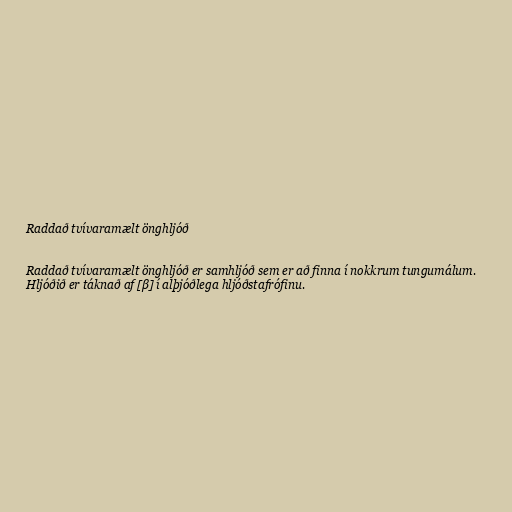
Raddað tvívaramælt önghljóð

Raddað tvívaramælt önghljóð er samhljóð sem er að finna í nokkrum tungumálum.
Hljóðið er táknað af [β] í alþjóðlega hljóðstafrófinu.